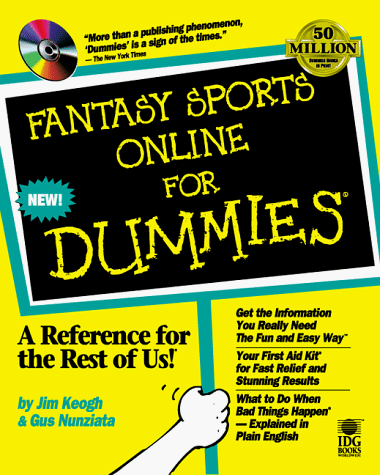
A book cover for Fantasy Sports Online For Dummies; Jim Keogh; Humor & Entertainment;